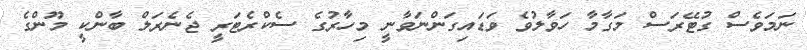
ނަމަވެސް ގުޓޭރަސް މަގާމާ ހަވާލުވެ ވަޑައިގަންނަވާނީ މިހާރުގެ ސެކްރެޓަރީ ޖެނެރަލް ބާންކީ މޫންގެ